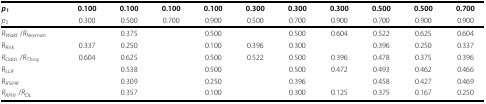
<table><thead><tr><td><b><i>p</i><sub>1</sub></b></td><td><b>0.100</b></td><td><b>0.100</b></td><td><b>0.100</b></td><td><b>0.100</b></td><td><b>0.300</b></td><td><b>0.300</b></td><td><b>0.300</b></td><td><b>0.500</b></td><td><b>0.500</b></td><td><b>0.700</b></td></tr><tr><td><b><i>p</i><sub>2</sub></b></td><td><b>0.300</b></td><td><b>0.500</b></td><td><b>0.700</b></td><td><b>0.900</b></td><td><b>0.500</b></td><td><b>0.700</b></td><td><b>0.900</b></td><td><b>0.700</b></td><td><b>0.900</b></td><td><b>0.900</b></td></tr></thead><tbody><tr><td><i>R</i><sub><i>Wald </i></sub>/<i>R</i><sub><i>Neyman</i></sub></td><td>[EMPTY_CELL]</td><td>0.375</td><td>[EMPTY_CELL]</td><td>0.500</td><td>[EMPTY_CELL]</td><td>0.500</td><td>0.604</td><td>0.522</td><td>0.625</td><td>0.604</td></tr><tr><td>R<sub><i>Risk</i></sub></td><td>0.337</td><td>0.250</td><td>[EMPTY_CELL]</td><td>0.100</td><td>0.396</td><td>0.300</td><td>[EMPTY_CELL]</td><td>0.396</td><td>0.250</td><td>0.337</td></tr><tr><td><i>R</i><sub><i>Odds </i></sub>/<i>R</i><sub><i>Chisq</i></sub></td><td>0.604</td><td>0.625</td><td>[EMPTY_CELL]</td><td>0.500</td><td>0.522</td><td>0.500</td><td>0.396</td><td>0.478</td><td>0.375</td><td>0.396</td></tr><tr><td>R<sub><i>LLR</i></sub></td><td>[EMPTY_CELL]</td><td>0.538</td><td>[EMPTY_CELL]</td><td>0.500</td><td>[EMPTY_CELL]</td><td>0.500</td><td>0.472</td><td>0.493</td><td>0.462</td><td>0.466</td></tr><tr><td>R<sub><i>RSIHR</i></sub></td><td>[EMPTY_CELL]</td><td>0.309</td><td>[EMPTY_CELL]</td><td>0.250</td><td>[EMPTY_CELL]</td><td>0.396</td><td>[EMPTY_CELL]</td><td>0.458</td><td>0.427</td><td>0.469</td></tr><tr><td><i>R</i><sub><i>RPW </i></sub>/<i>R</i><sub><i>DL</i></sub></td><td>[EMPTY_CELL]</td><td>0.357</td><td>[EMPTY_CELL]</td><td>0.100</td><td>[EMPTY_CELL]</td><td>0.300</td><td>0.125</td><td>0.375</td><td>0.167</td><td>0.250</td></tr></tbody></table>